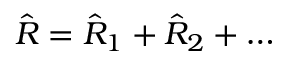
\hat { R } = \hat { R } _ { 1 } + \hat { R } _ { 2 } + \dots